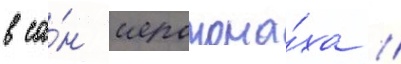
в са́н иеромона́ха //